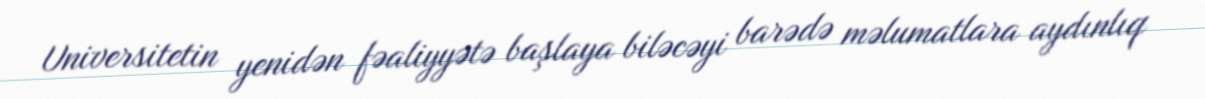
Universitetin yenidən fəaliyyətə başlaya biləcəyi barədə məlumatlara aydınlıq